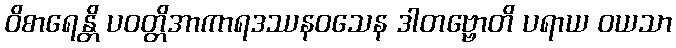
ဝိစာရေန္တိ ပဝတ္တိအာကာရဒဿနဝသေန ဒါတဗ္ဗောတိ ပရာယ ဝယသာ